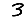
Digit: 3